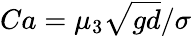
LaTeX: Ca=\mu_{3}\sqrt{gd}/\sigma